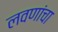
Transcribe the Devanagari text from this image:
लवणांचा